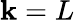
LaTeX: \mathbf{k}=L